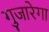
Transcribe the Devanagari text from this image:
गुजारेगा